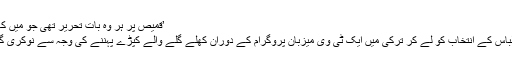
’قمیص پر ہر وہ بات تحریر تھی جو میں کہنا چاہتا ہوں‘
اس سے قبل لباس کے انتخاب کو لے کر ترکی میں ایک ٹی وی میزبان پروگرام کے دوران کھلے گلے والے کپڑے پہننے کی وجہ سے نوکری گنوا چکی ہیں۔